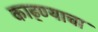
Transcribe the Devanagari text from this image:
काढ्ण्याचा